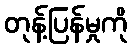
တုန့်ပြန်မှုကို